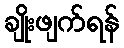
ချိုးဖျက်ရန်